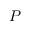
P